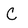
Character: C